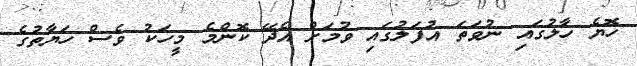
ހޮޔެ ހާލުގައި ނުވަތަ އުފަލުގައި ވުމަށް އެދޭ ކޮންމެ މީހަކު ވެސް ހަޔާތުގެ